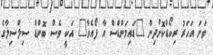
ވަނަ އަހަރު ރިކޯޑްކޮށްދިން "ޑައިމަންޑްސް އާ ފޯއެވާ" އަކީ ވެސް ބޮންޑް ސިލްސިލާގެ